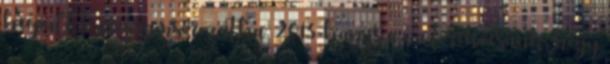
beépült a programsorozatba. 2013-ban is az a törekvésünk, hogy